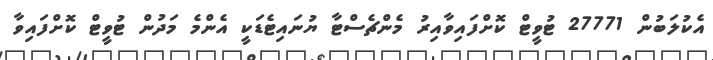
އެކުލަބުން 27771 ޓުވީޓް ކޮށްފައިވާއިރު މެންޗެސްޓާ ޔުނައިޓެޑަކީ އެންމެ މަދުން ޓުވީޓް ކޮށްފައިވާ